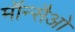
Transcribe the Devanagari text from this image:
मॉन्सैओ